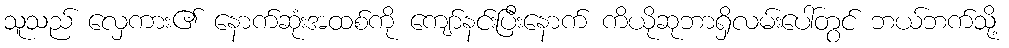
သူသည် လှေကား၏ နောက်ဆုံးအထစ်ကို ကျော်နင်းပြီးနောက် ကိယိုဆုဘာရှိလမ်းပေါ်တွင် ဘယ်ဘက်သို့